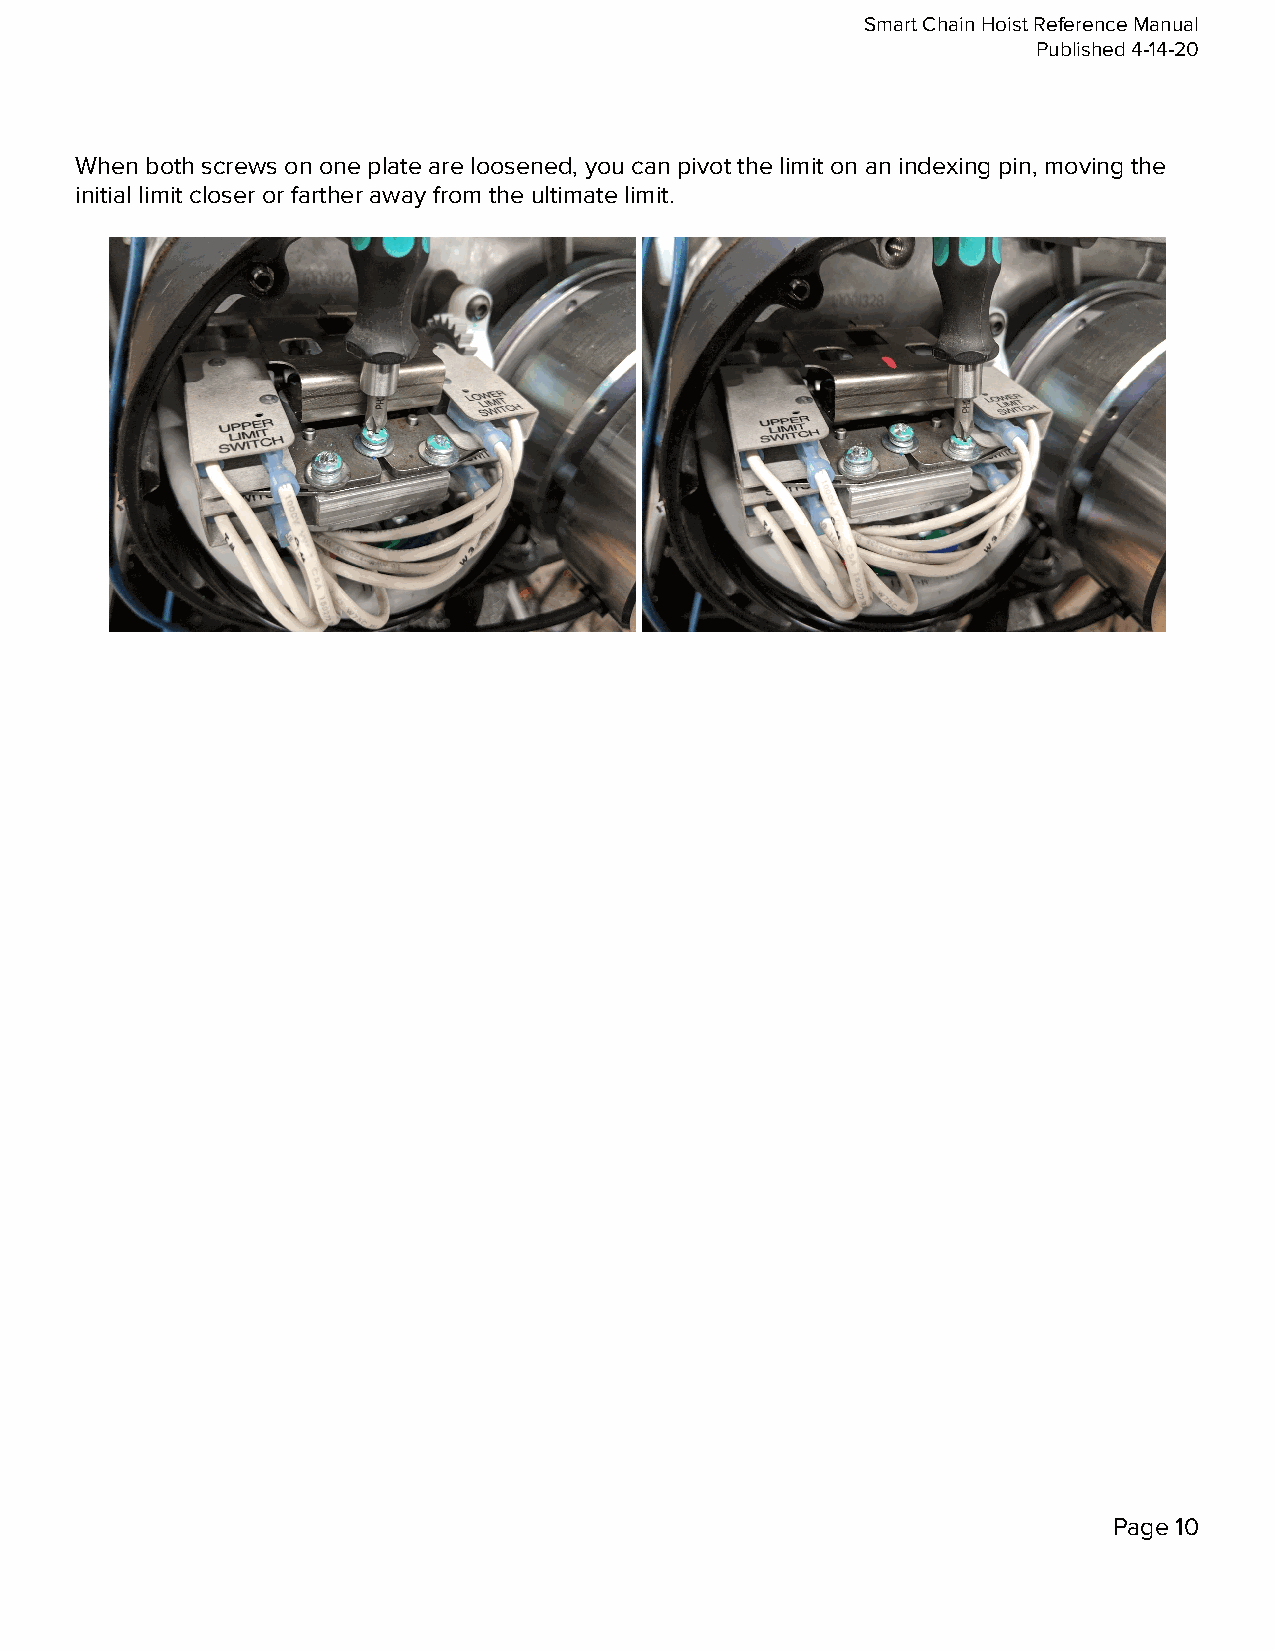
Smart Chain Hoist Reference Manual
 Published 4-14-20
 When both screws on one plate are loosened, you can pivot the limit on an indexing pin, moving the
 initial limit closer or farther away from the ultimate limit.
 Page 10